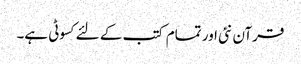
قرآن نئی اور تمام کتب کے لئےکسوٹی ہے۔